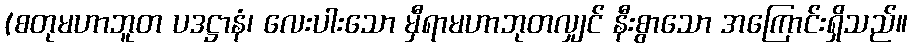
(စတုမဟာဘူတ ပဒဋ္ဌာနံ၊ လေးပါးသော မှီရာမဟာဘုတလျှင် နီးစွာသော အကြောင်းရှိသည်။